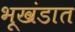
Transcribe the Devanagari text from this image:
भूखंडात